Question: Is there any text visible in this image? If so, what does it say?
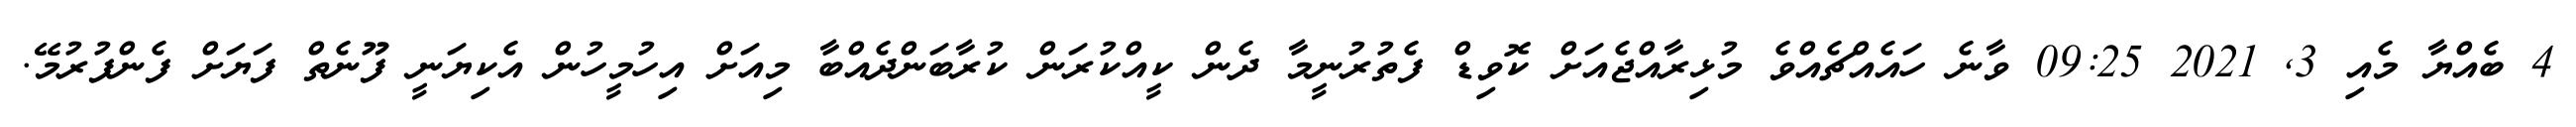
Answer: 4 ބެއްޔާ މެއި 3, 2021 09:25 ވާނެ ހައެއްޗެއްވެ މުޅިރާއްޖެއަށް ކޮވިޑް ފެތުރުނީމާ ދެން ކީއްކުރަން ކުރާބަންދެއްބާ މިއަށް އިހުމީހުން އެކިޔަނީ ފޫނެތް ފަޔަށް ފެންފުރުމޭ.